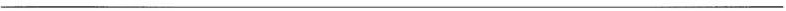
___